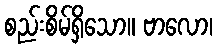
စည်းစိမ်ရှိသော။ ဗာလော၊